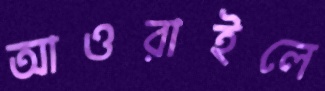
আওরাইলে